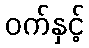
ဝက်နှင့်